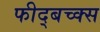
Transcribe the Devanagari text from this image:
फीद्बच्क्स